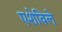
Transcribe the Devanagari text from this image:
एशेविले